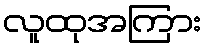
လူထုအကြား